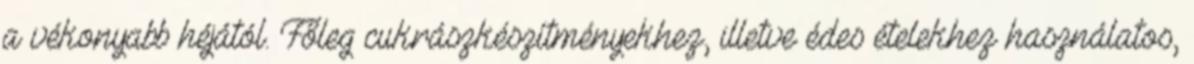
a vékonyabb héjától. Főleg cukrászkészítményekhez, illetve édes ételekhez használatos,